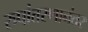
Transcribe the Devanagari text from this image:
रुपांतरणानंतर